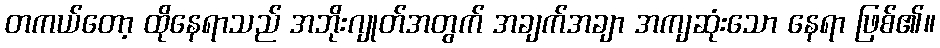
တကယ်တော့ ထိုနေရာသည် အဘိုးဂျုတ်အတွက် အချက်အချာ အကျဆုံးသော နေရာ ဖြစ်၏။